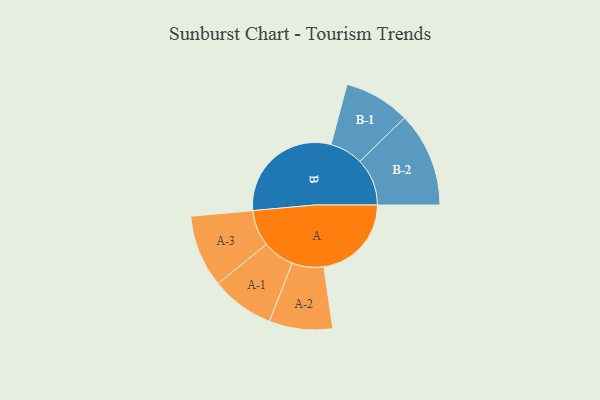
{"axis": {"x": "Segment", "y": "Value"}, "legend": ["", "A", "B"], "data": [{"x": "A", "y": 307, "type": ""}, {"x": "B", "y": 413, "type": ""}, {"x": "A-1", "y": 111, "type": "A"}, {"x": "A-2", "y": 111, "type": "A"}, {"x": "A-3", "y": 127, "type": "A"}, {"x": "B-1", "y": 116, "type": "B"}, {"x": "B-2", "y": 166, "type": "B"}]}